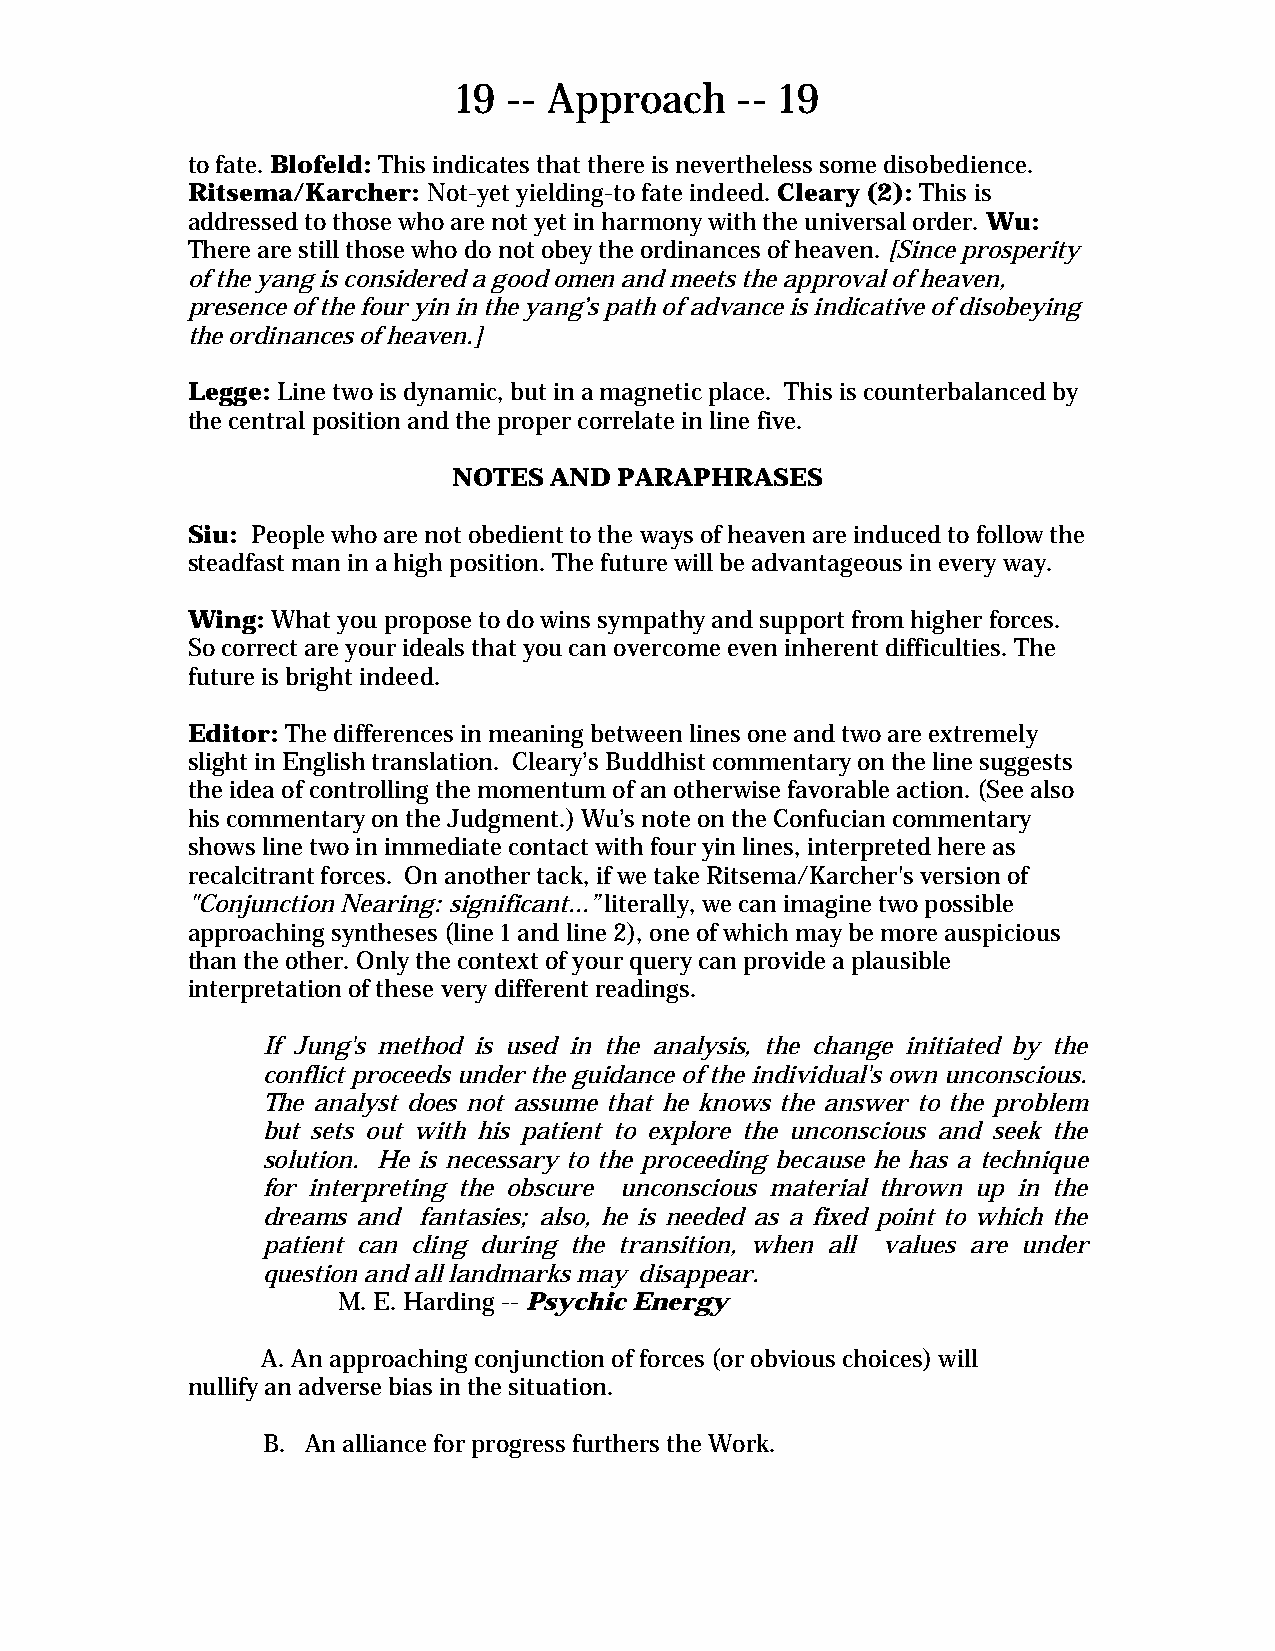
19  -- Approach    -- 19
 to fate. Blofeld: This indicates that there is nevertheless some disobedience.
 Ritsema/Karcher: Not-yet yielding-to fate indeed. Cleary (2): This is
 addressed to those who are not yet in harmony with the universal order. Wu:
 There are still those who do not obey the ordinances of heaven. [Since prosperity
 of the yang is considered a good omen and meets the approval of heaven,
 presence of the four yin in the yang’s path of advance is indicative of disobeying
 the ordinances of heaven.]
 Legge: Line two is dynamic, but in a magnetic place. This is counterbalanced by
 the central position and the proper correlate in line five.
 NOTES AND  PARAPHRASES
 Siu: People who are not obedient to the ways of heaven are induced to follow the
 steadfast man in a high position. The future will be advantageous in every way.
 Wing: What you propose to do wins sympathy and support from higher forces.
 So correct are your ideals that you can overcome even inherent difficulties. The
 future is bright indeed.
 Editor: The differences in meaning between lines one and two are extremely
 slight in English translation. Cleary’s Buddhist commentary on the line suggests
 the idea of controlling the momentum of an otherwise favorable action. (See also
 his commentary on the Judgment.) Wu’s note on the Confucian commentary
 shows line two in immediate contact with four yin lines, interpreted here as
 recalcitrant forces. On another tack, if we take Ritsema/Karcher's version of
 "Conjunction Nearing: significant...” literally, we can imagine two possible
 approaching syntheses (line 1 and line 2), one of which may be more auspicious
 than the other. Only the context of your query can provide a plausible
 interpretation of these very different readings.
 If Jung's method is used in the analysis, the change initiated by the
 conflict proceeds under the guidance of the individual's own unconscious.
 The analyst does not assume that he knows the answer to the problem
 but sets out with his patient to explore the unconscious and seek the
 solution. He is necessary to the proceeding because he has a technique
 for interpreting the obscure unconscious material thrown up in the
 dreams and fantasies; also, he is needed as a fixed point to which the
 patient can cling during the transition, when all values are under
 question and all landmarks may disappear.
 M. E. Harding -- Psychic Energy
 A. An approaching conjunction of forces (or obvious choices) will
 nullify an adverse bias in the situation.
 B. An alliance for progress furthers the Work.